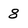
Character: 8